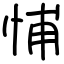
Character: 悑